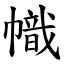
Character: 幟